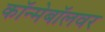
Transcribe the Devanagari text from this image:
कॉन्मेबॉलवर